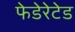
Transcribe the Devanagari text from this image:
फेडेरेटेड